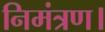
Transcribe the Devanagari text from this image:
निमंत्रण।